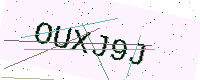
Text: OUXJ9J